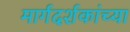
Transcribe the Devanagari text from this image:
मार्गदर्शकांच्या